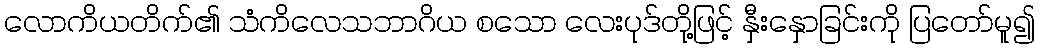
လောကိယတိက်၏ သံကိလေသဘာဂိယ စသော လေးပုဒ်တို့ဖြင့် နှီးနှောခြင်းကို ပြတော်မူ၍